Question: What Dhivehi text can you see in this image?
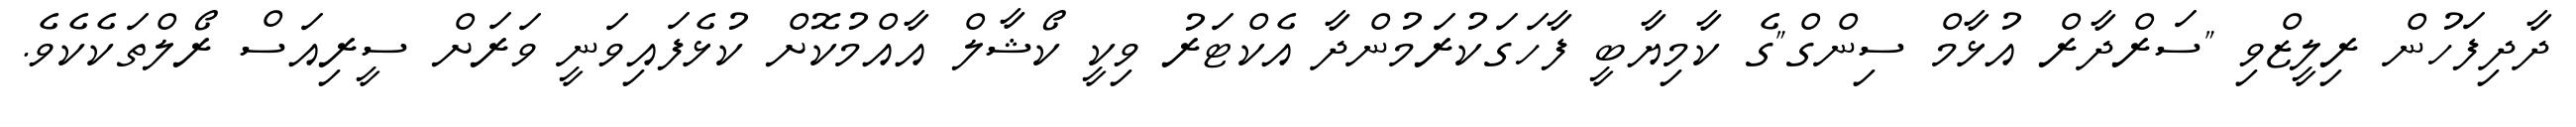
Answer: ދާދިފަހުން ރިލީޒްވި "ސަރްދާރް އުޅާމް ސިންގް"ގެ ކާމިޔާބީ ފާހަގަކުރަމުންދާ އެކްޓަރު ވިކީ ކޯޝާލް އާއްމުކޮށް ކުޅެފައިވަނީ ވަރަށް ސީރިއަސް ރޯލްތަކެކެވެ.